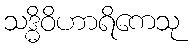
သဒ္ဓိဝိဟာရိကေသု